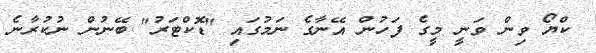
ކްޔޯ ވިން ވަނީ މީގެ ފަހުން އޭނާގެ ނަމުގައި "ޑޮކްޓަަރު" ބޭނުން ނުކުރާނެ